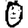
Digit: 0